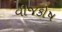
વીજકોષ